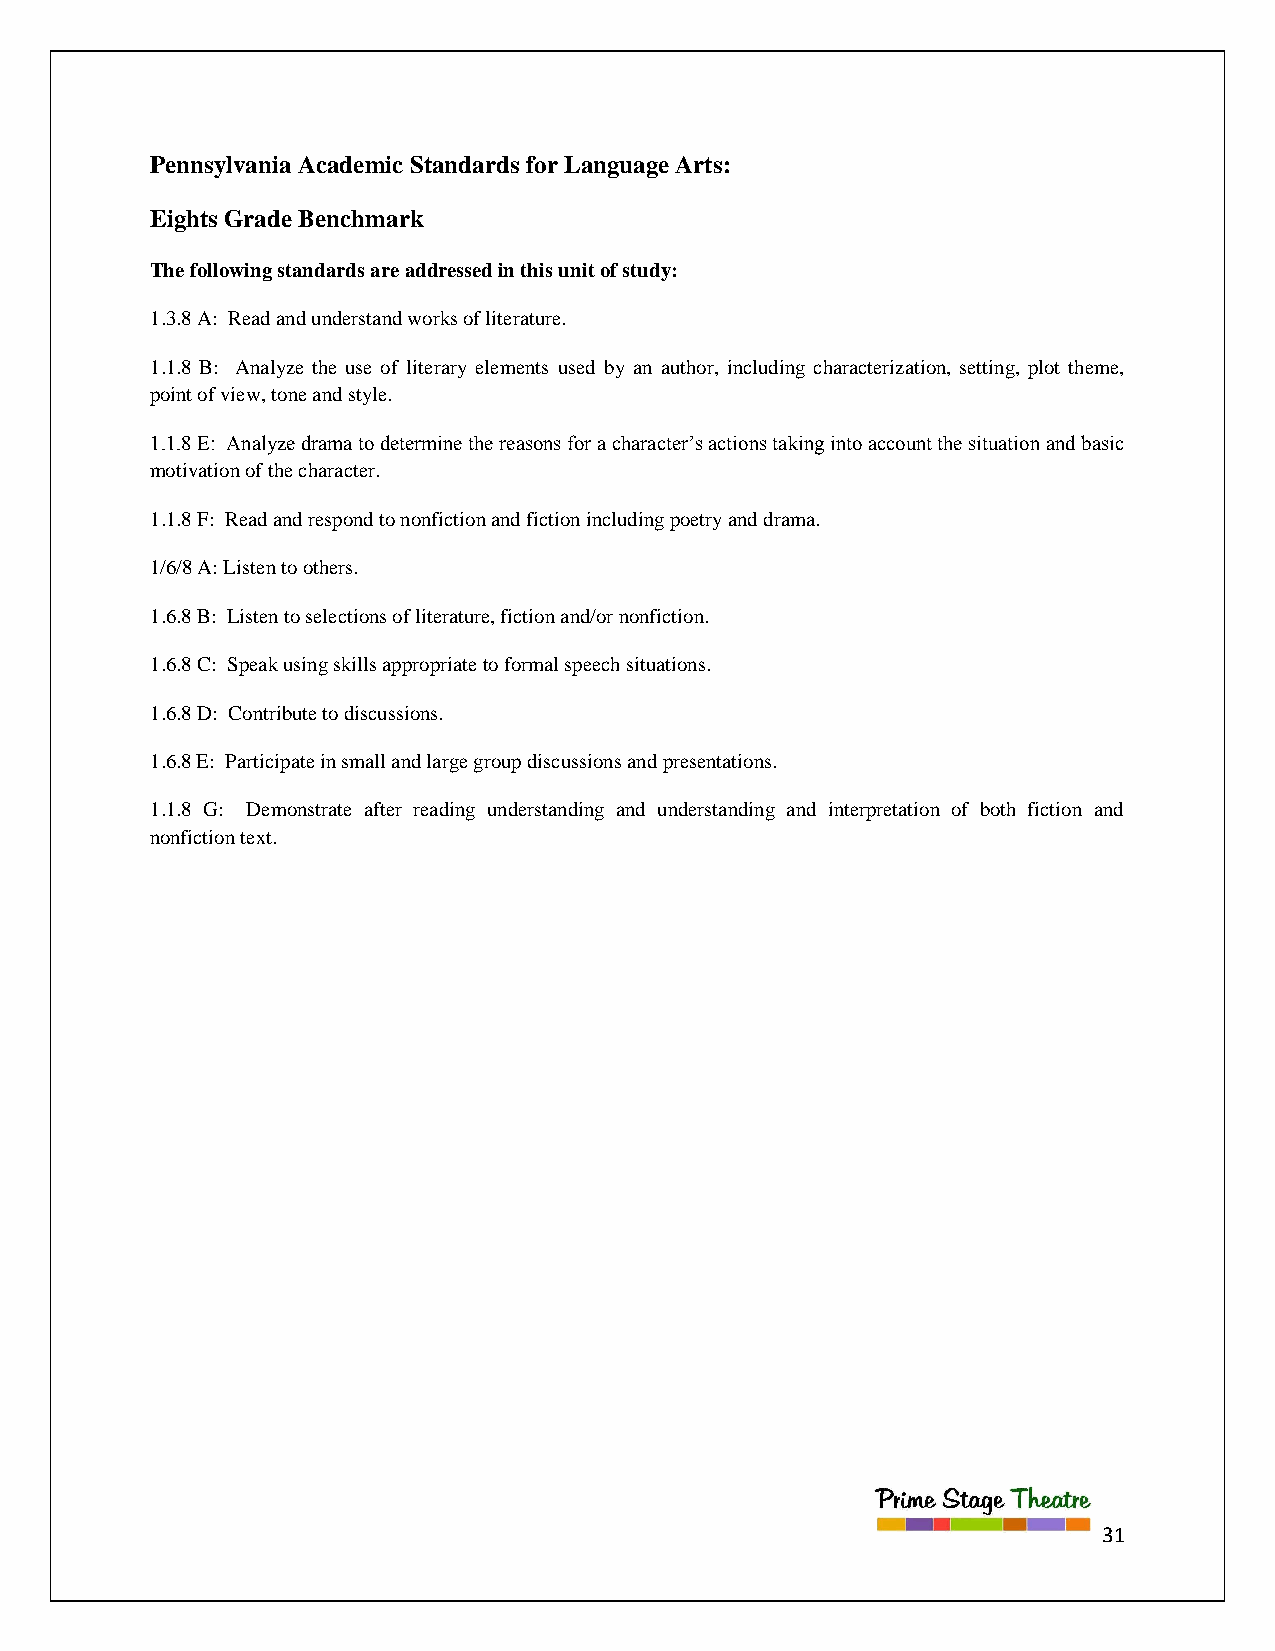
Pennsylvania Academic Standards for Language Arts:
 Eights Grade Benchmark
 The following standards are addressed in this unit of study:
 1.3.8 A: Read and understand works of literature.
 1.1.8 B: Analyze the use of literary elements used by an author, including characterization, setting, plot theme,
 point of view, tone and style.
 1.1.8 E: Analyze drama to determine the reasons for a character‟s actions taking into account the situation and basic
 motivation of the character.
 1.1.8 F: Read and respond to nonfiction and fiction including poetry and drama.
 1/6/8 A: Listen to others.
 1.6.8 B: Listen to selections of literature, fiction and/or nonfiction.
 1.6.8 C: Speak using skills appropriate to formal speech situations.
 1.6.8 D: Contribute to discussions.
 1.6.8 E: Participate in small and large group discussions and presentations.
 1.1.8 G: Demonstrate after reading understanding and understanding and interpretation of both fiction and
 nonfiction text.
 31